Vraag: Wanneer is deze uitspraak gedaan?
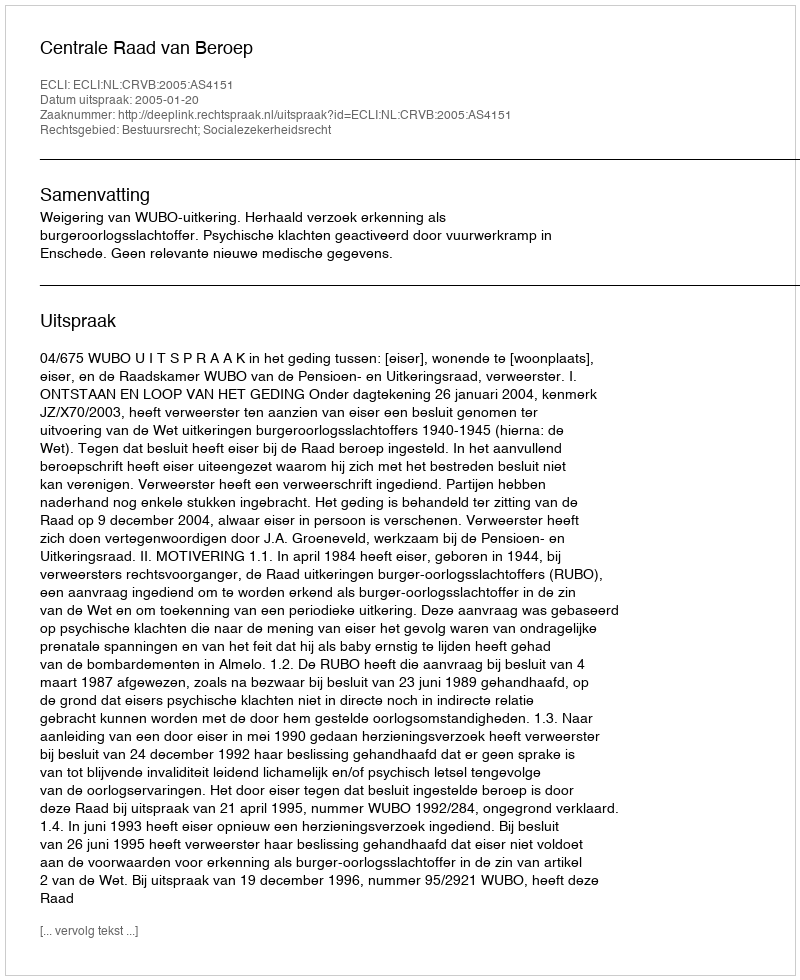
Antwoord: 2005-01-20